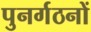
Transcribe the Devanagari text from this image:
पुनर्गठनों